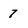
Character: 7